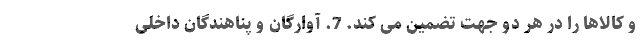
و کالاها را در هر دو جهت تضمین می کند. 7. آوارگان و پناهندگان داخلی